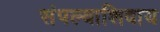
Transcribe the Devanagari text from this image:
संपल्याशिवाय